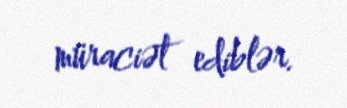
müraciət ediblər.